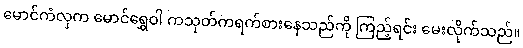
မောင်ကံလှက မောင်ရွှေဝါ ကသုတ်ကရက်စားနေသည်ကို ကြည့်ရင်း မေးလိုက်သည်။